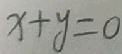
x + y = 0